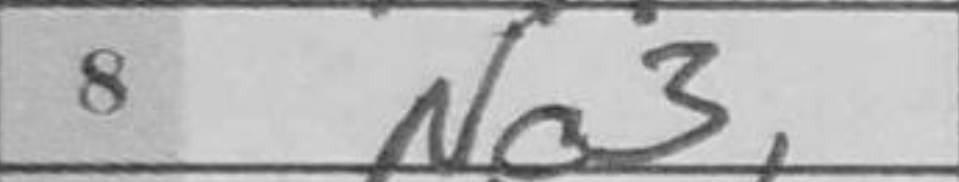
Transcription: Nc3